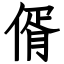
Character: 偦